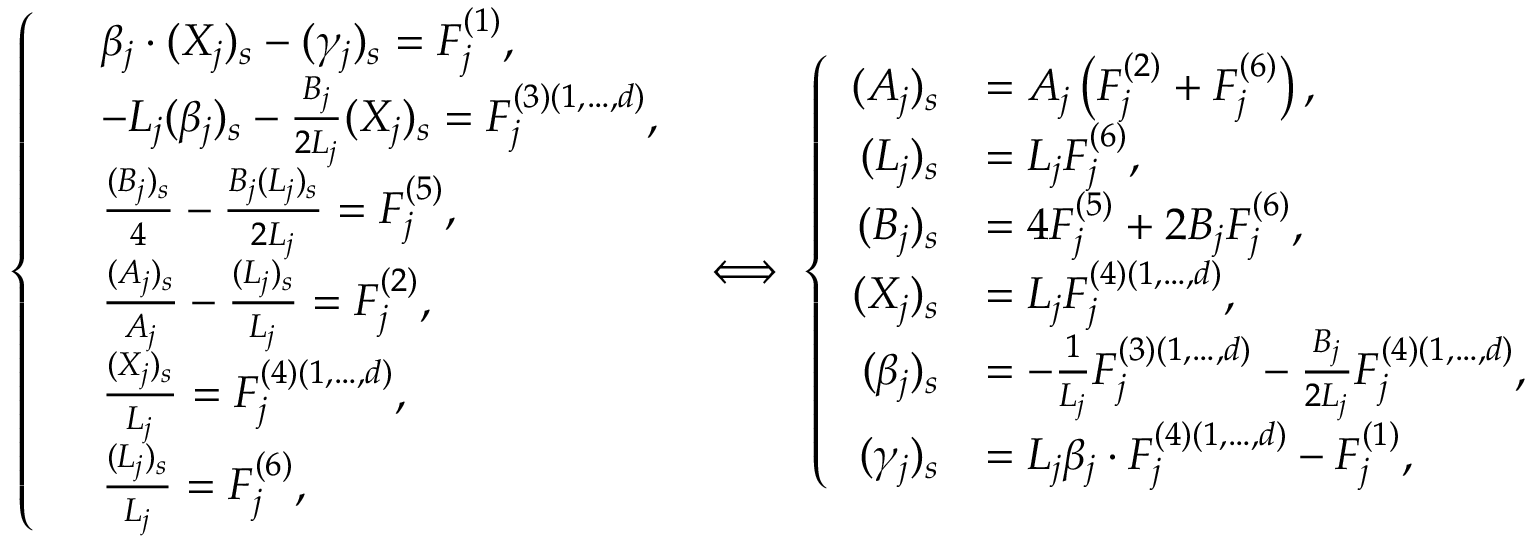
\left\{ \begin{array} { r l } & { \beta _ { j } \cdot ( X _ { j } ) _ { s } - ( \gamma _ { j } ) _ { s } = F _ { j } ^ { ( 1 ) } , } \\ & { - L _ { j } ( \beta _ { j } ) _ { s } - \frac { B _ { j } } { 2 L _ { j } } ( X _ { j } ) _ { s } = F _ { j } ^ { ( 3 ) ( 1 , \dots , d ) } , } \\ & { \frac { ( B _ { j } ) _ { s } } { 4 } - \frac { B _ { j } ( L _ { j } ) _ { s } } { 2 L _ { j } } = F _ { j } ^ { ( 5 ) } , } \\ & { \frac { ( A _ { j } ) _ { s } } { A _ { j } } - \frac { ( L _ { j } ) _ { s } } { L _ { j } } = F _ { j } ^ { ( 2 ) } , } \\ & { \frac { ( X _ { j } ) _ { s } } { L _ { j } } = F _ { j } ^ { ( 4 ) ( 1 , \dots , d ) } , } \\ & { \frac { ( L _ { j } ) _ { s } } { L _ { j } } = F _ { j } ^ { ( 6 ) } , } \end{array} \right. \iff \left\{ \begin{array} { r l } { ( A _ { j } ) _ { s } } & { = A _ { j } \left( F _ { j } ^ { ( 2 ) } + F _ { j } ^ { ( 6 ) } \right) , } \\ { ( L _ { j } ) _ { s } } & { = L _ { j } F _ { j } ^ { ( 6 ) } , } \\ { ( B _ { j } ) _ { s } } & { = 4 F _ { j } ^ { ( 5 ) } + 2 B _ { j } F _ { j } ^ { ( 6 ) } , } \\ { ( X _ { j } ) _ { s } } & { = L _ { j } F _ { j } ^ { ( 4 ) ( 1 , \dots , d ) } , } \\ { ( \beta _ { j } ) _ { s } } & { = - \frac { 1 } { L _ { j } } F _ { j } ^ { ( 3 ) ( 1 , \dots , d ) } - \frac { B _ { j } } { 2 L _ { j } } F _ { j } ^ { ( 4 ) ( 1 , \dots , d ) } , } \\ { ( \gamma _ { j } ) _ { s } } & { = L _ { j } \beta _ { j } \cdot F _ { j } ^ { ( 4 ) ( 1 , \dots , d ) } - F _ { j } ^ { ( 1 ) } , } \end{array} \right.